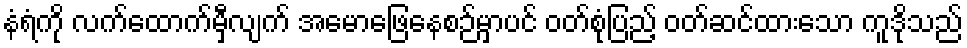
နံရံကို လက်ထောက်မှီလျက် အမောဖြေနေစဉ်မှာပင် ဝတ်စုံပြည့် ဝတ်ဆင်ထားသော ကူဒိုသည်